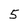
Character: 5